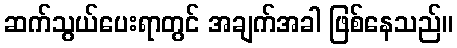
ဆက်သွယ်ပေးရာတွင် အချက်အခါ ဖြစ်နေသည်။